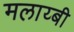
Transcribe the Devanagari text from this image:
मलाय्बी